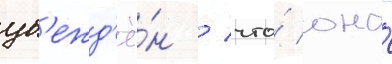
уб'ежд'ё́н / что́ она́